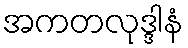
အကတလုဒ္ဒါနံ